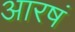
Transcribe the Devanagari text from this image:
आरषं